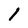
Character: I